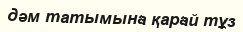
дәм татымына қарай тұз